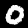
Digit: 0